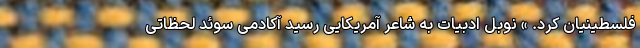
فلسطینیان کرد. » نوبل ادبیات به شاعر آمریکایی رسید آکادمی سوئد لحظاتی